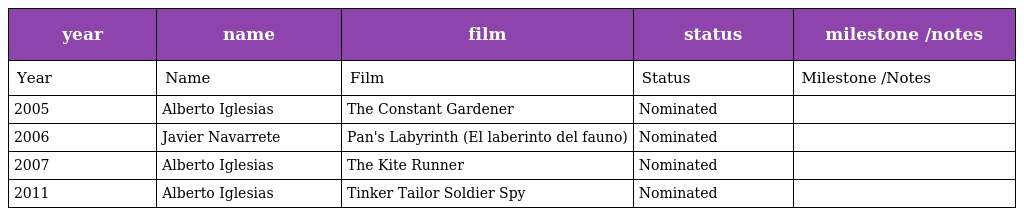
| year | name | film | status | milestone /notes |
 | --- | --- | --- | --- | --- |
 | Year | Name | Film | Status | Milestone /Notes |
 | 2005 | Alberto Iglesias | The Constant Gardener | Nominated |  |
 | 2006 | Javier Navarrete | Pan's Labyrinth (El laberinto del fauno) | Nominated |  |
 | 2007 | Alberto Iglesias | The Kite Runner | Nominated |  |
 | 2011 | Alberto Iglesias | Tinker Tailor Soldier Spy | Nominated |  |